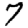
Digit: 7